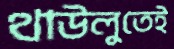
থাউলুতেই